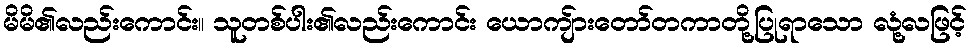
မိမိ၏လည်းကောင်း။ သူတစ်ပါး၏လည်းကောင်း ယောကျ်ားတော်တကာတို့ပြုရာသော လုံ့လဖြင့်